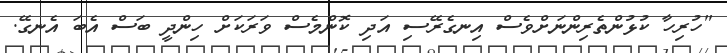
"ހުރިހާ ކުޅުންތެރިންނަށްވެސް އިނގެރޭސި އަދި ކޮންމެސް ވަރަކަށް ހިންދީ ބަސް އެބަ އެނގޭ.